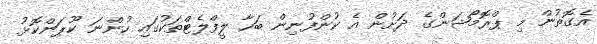
އެގޮތުން މި ޕްރޮމޯޝަންގެ ދަށުން އެ ކުންފުނިން ބަހާ ލީފްލެޓްތަކުގައި ހުންނަ ކޫޕަންކޮޅު